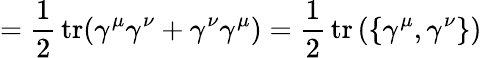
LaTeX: ={\frac{1}{2}}\operatorname{tr}(\gamma^{\mu}\gamma^{\nu}+\gamma^{\nu}\gamma^{\mu})={\frac{1}{2}}\operatorname{tr}\left(\left\{ \gamma^{\mu},\gamma^{\nu}\right\} \right)